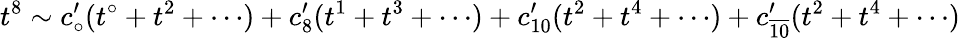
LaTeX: t^{8}\sim c_{\circ}^{\prime}(t^{\circ}+t^{2}+\cdots)+c_{8}^{\prime}(t^{1}+t^{3}+\cdots)+c_{10}^{\prime}(t^{2}+t^{4}+\cdots)+c_{\overline{{{10}}}}^{\prime}(t^{2}+t^{4}+\cdots)